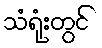
သံရုံးတွင်